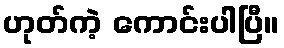
ဟုတ်ကဲ့ ကောင်းပါပြီ။